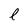
Character: l